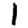
Digit: 1